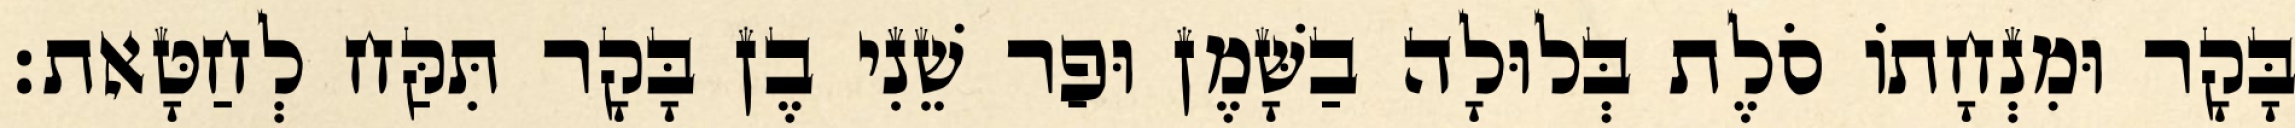
בָּקָר וּמִנְחָתוֹ סֹלֶת בְּלוּלָה בַשָּׁמֶן וּפַר שֵׁנִי בֶן בָּקָר תִּקַּח לְחַטָּאת׃